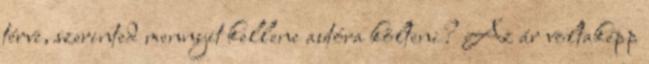
térve, szerinted mennyit kellene autóra költeni? Az ár voltaképp